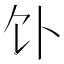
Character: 𬲥